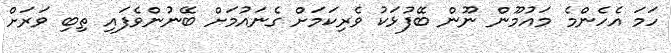
ހަމަ އެހެންމެ މައުމޫން ނޫން ބޭފުޅަކު ވެރިކަމަށް ގެނައުމަށް ބޭނުންވެފައި ތިބި ވަރަށް